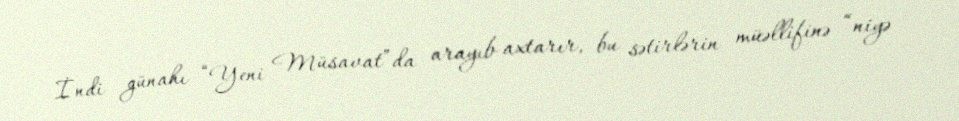
İndi günahı “Yeni Müsavat”da arayıb-axtarır, bu sətirlərin müəllifinə “niyə